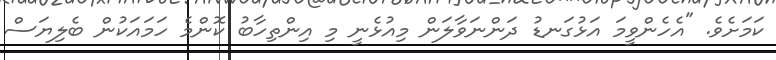
ކަމަށެވެ. "އެހެންވީމަ އަޅުގަނޑު ދަންނަވާލަން މިއުޅެނީ މި އިންތިހާބު ކޮންމެ ހަމައަކުން ބެލިޔަސް